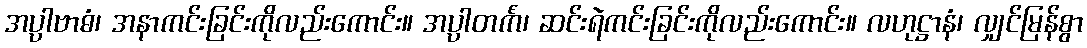
အပ္ပာဗာဓံ၊ အနာကင်းခြင်းကိုလည်းကောင်း။ အပ္ပါတင်္ကံ၊ ဆင်းရဲကင်းခြင်းကိုလည်းကောင်း။ လဟုဋ္ဌာနံ၊ လျှင်မြန်စွာ